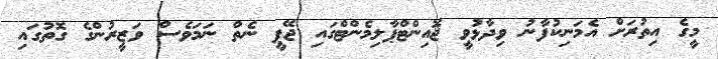
މީގެ އިތުރަށް އެމަނިކުފާނު ވިދާޅުވީ ޖޮއިންޓްޕާލިމެންޓްގައި ޖޭޕީ ނެތް ނަމަވެސް ވަޒީރުންގެ ގޮތުގައި